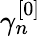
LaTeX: \gamma_{n}^{[0]}